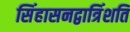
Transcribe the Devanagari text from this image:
सिंहासनद्वात्रिंशति